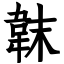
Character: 韎